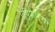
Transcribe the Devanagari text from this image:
एपिफैरिग्स